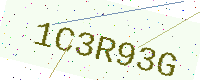
Text: 1C3R93G